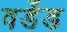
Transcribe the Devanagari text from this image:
वर्डेड